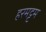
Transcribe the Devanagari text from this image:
हरमट्टम